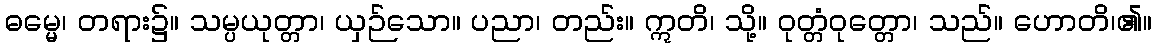
ဓမ္မေ၊ တရား၌။ သမ္ပယုတ္တာ၊ ယှဉ်သော။ ပညာ၊ တည်း။ ဣတိ၊ သို့။ ဝုတ္တံဝုတ္တော၊ သည်။ ဟောတိ၊၏။